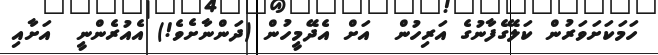
ހަމަކަށަވަރުން ކަލޭގެފާނުގެ އަރިހުން  އަށް އެދޭމީހުން (ދަންނާށެވެ!) އެއުރެންނީ  އަށާއި